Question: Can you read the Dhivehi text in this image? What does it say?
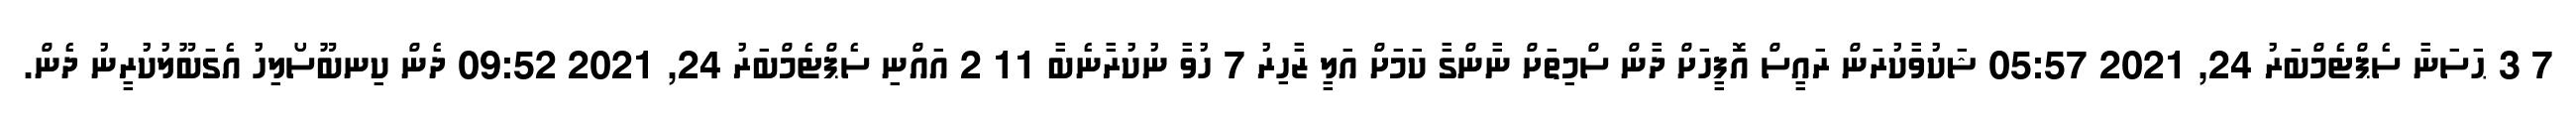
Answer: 7 3 ޙަސަނާ ސެޕްޓެމްބަރު 24, 2021 05:57 ޝަކުވާކުރަން ރައީސް އޮފީހަށް ދާން ސްމިތަށް ނާންގާ ކަމަށް އަލީ ޒާހިރު 7 ހުވާ ނުކުރާނެބާ 11 2 އައްނި ސެޕްޓެމްބަރު 24, 2021 09:52 ދެން ކިނބޫސޯލިހު އެގަބޫލުކުރީނު ދެން.